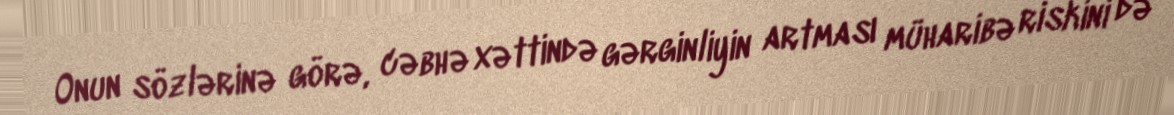
Onun sözlərinə görə, cəbhə xəttində gərginliyin artması müharibə riskini də